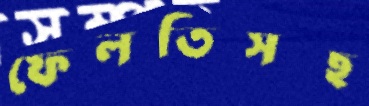
ফেলতিসছ